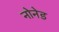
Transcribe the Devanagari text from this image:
नोनेड